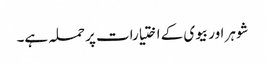
شوہر اور بیوی کے اختیارات پر حملہ ہے۔